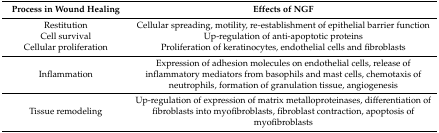
<table><thead><tr><td><b>Process in Wound Healing</b></td><td><b>Effects of NGF</b></td></tr></thead><tbody><tr><td>Restitution</td><td>Cellular spreading, motility, re-establishment of epithelial barrier function</td></tr><tr><td>Cell survival</td><td>Up-regulation of anti-apoptotic proteins</td></tr><tr><td>Cellular proliferation</td><td>Proliferation of keratinocytes, endothelial cells and fibroblasts</td></tr><tr><td>Inflammation</td><td>Expression of adhesion molecules on endothelial cells, release of inflammatory mediators from basophils and mast cells, chemotaxis of neutrophils, formation of granulation tissue, angiogenesis</td></tr><tr><td>Tissue remodeling</td><td>Up-regulation of expression of matrix metalloproteinases, differentiation of fibroblasts into myofibroblasts, fibroblast contraction, apoptosis of myofibroblasts</td></tr></tbody></table>